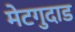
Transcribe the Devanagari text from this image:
मेटगुदाड